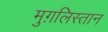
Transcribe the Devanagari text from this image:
मुग़लिस्तान